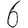
Digit: 6